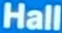
Hall